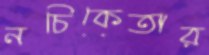
নচিকেতার